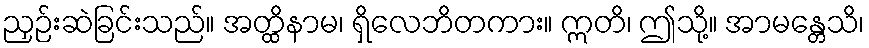
ညှဉ်းဆဲခြင်းသည်။ အတ္ထိနာမ၊ ရှိလေဘိတကား။ ဣတိ၊ ဤသို့။ အာမန္တေသိ၊